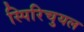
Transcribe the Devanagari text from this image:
स्पिरिचुयल